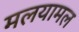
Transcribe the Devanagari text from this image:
मलयामल